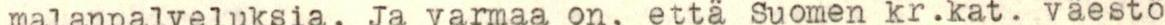
malanpalveluksia. Ja varmaa on, että Suomen kr.kat. väestö